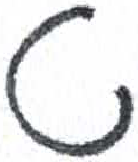
אות: ט